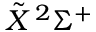
\tilde { X } \, ^ { 2 } \Sigma ^ { + }